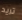
تريد